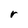
Character: r